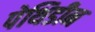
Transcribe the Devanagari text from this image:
पेथिडीन